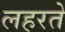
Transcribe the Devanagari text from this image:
लहरते